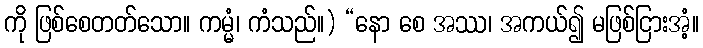
ကို ဖြစ်စေတတ်သော။ ကမ္မံ၊ ကံသည်။) “နော စေ အဿ၊ အကယ်၍ မဖြစ်ငြားအံ့။